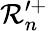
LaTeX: \mathcal{R}_{n}^{\prime+}